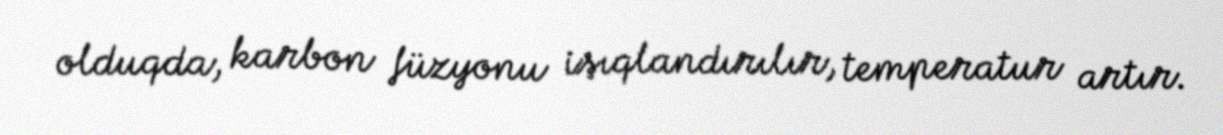
olduqda, karbon füzyonu işıqlandırılır, temperatur artır.